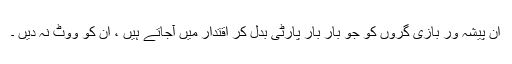
ان پیشہ ور بازی گروں کو جو بار بار پارٹی بدل کر اقتدار میں آجاتے ہیں ، ان کو ووٹ نہ دیں ۔